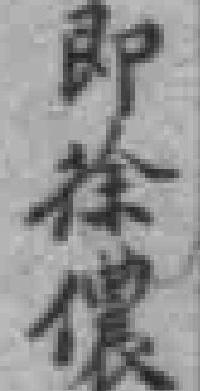
即徐儂